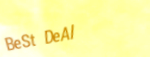
BeSt DeAl